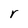
Character: r